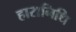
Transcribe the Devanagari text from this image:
हारानिधि